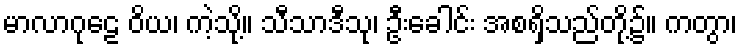
မာလာဂုဠေ ဝိယ၊ ကဲ့သို့။ သီသာဒီသု၊ ဦးခေါင်း အစရှိသည်တို့၌။ ကတွာ၊